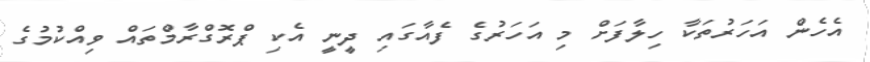
އެހެން އަހަރުތަކާ ހިލާފަށް މި އަހަރުގެ ފެއާގައި ދީނީ އެކި ޕްރޮގްރާމްތައް ވިއްކުމުގެ